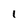
Character: 1